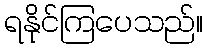
ရနိုင်ကြပေသည်။